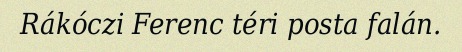
Rákóczi Ferenc téri posta falán.